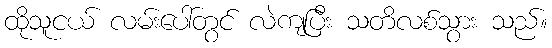
ထိုသူငယ် လမ်းပေါ်တွင် လဲကျပြီး သတိလစ်သွား သည်။